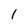
Character: l